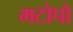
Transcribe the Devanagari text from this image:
मटोपो